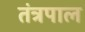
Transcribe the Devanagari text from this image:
तंत्रपाल